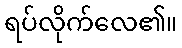
ရပ်လိုက်လေ၏။